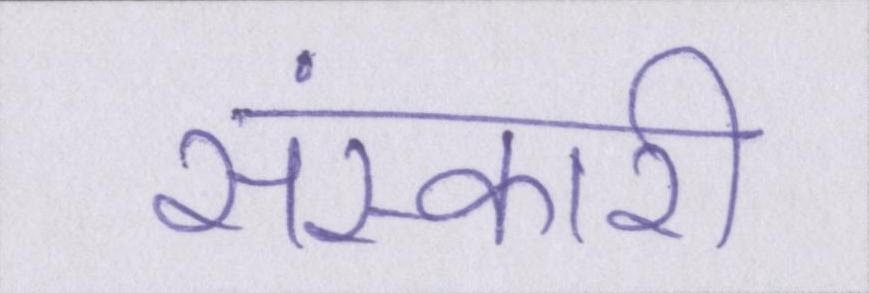
संस्कारी